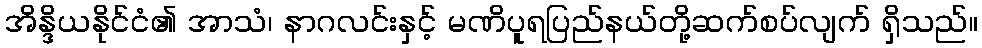
အိန္ဒိယနိုင်ငံ၏ အာသံ၊ နာဂလင်းနှင့် မဏိပူရပြည်နယ်တို့ဆက်စပ်လျက် ရှိသည်။